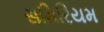
સમિરિયમ